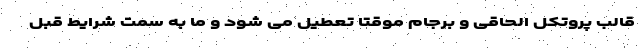
قالب پروتکل الحاقی و برجام موقتا تعطیل می شود و ما به سمت شرایط قبل